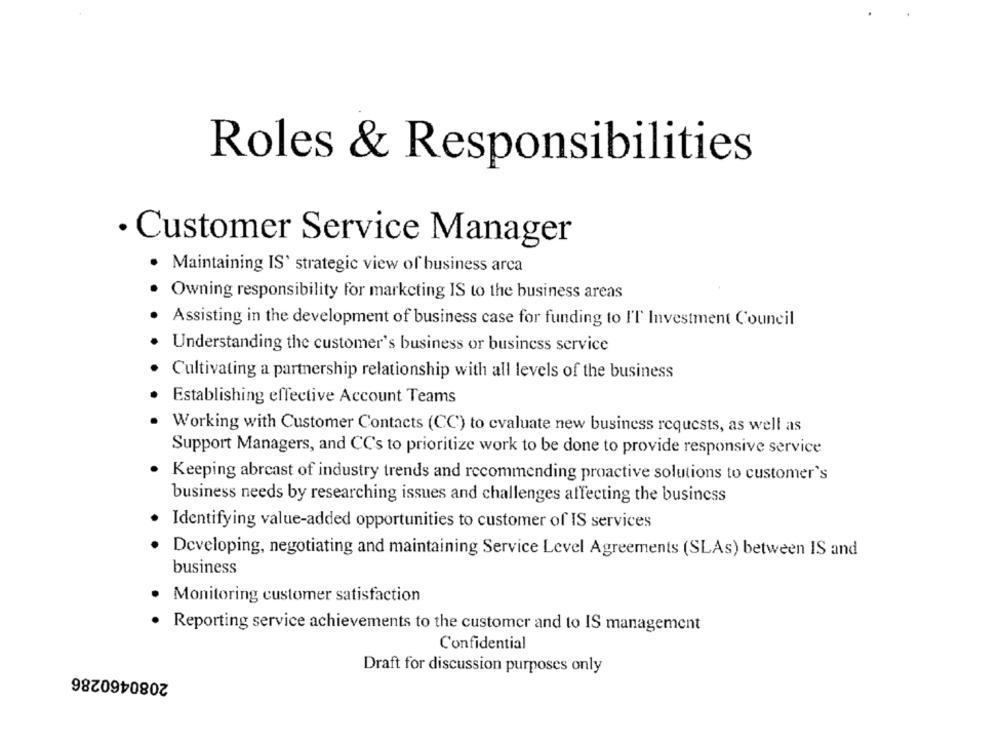
Roles & Responsibilities
· Customer Service Manager
· Maintaining IS' strategic view of business arca
. Owning responsibility for marketing IS to the business areas
Assisting in the development of business case for funding to I'T Investment Council
Understanding the customer's business or business service
Cultivating a partnership relationship with all levels of the business
Establishing effective Account Teams
Working with Customer Contacts (CC) to evaluate new business requests, as well as
Support Managers, and CC's to prioritize work to be done to provide responsive service
Keeping abrcast of industry trends and recommending proactive solutions to customer's
business needs by researching issues and challenges affecting the business
Identifying value-added opportunities to customer of IS services
Developing, negotiating and maintaining Service Level Agreements (SLAs) between IS and
business
Monitoring customer satisfaction
Reporting service achievements to the customer and to IS management
Confidential
2080460286
Draft for discussion purposes only